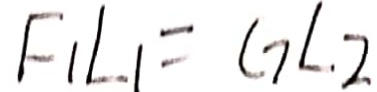
F _ { 1 } L _ { 1 } = G L . 2